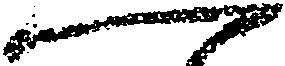
一